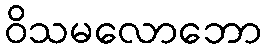
ဝိသမလောဘော